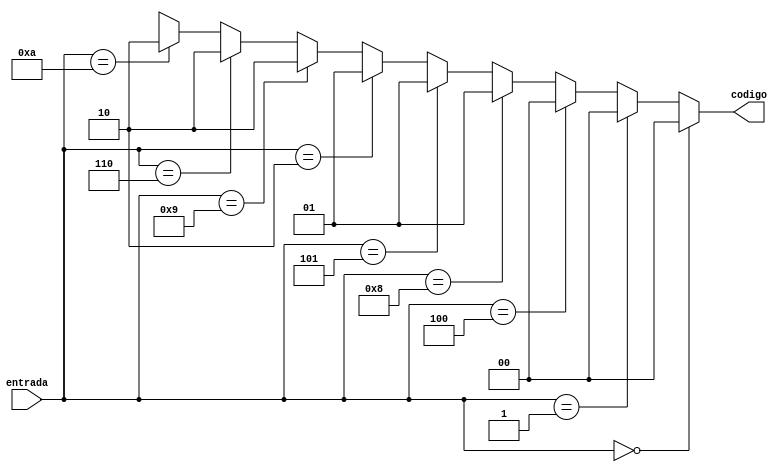
module codificador (codigo, entrada);

	    input      [3:0]   entrada;
       output reg [1:0]   codigo;
       
        always @(entrada)
          begin
              if(entrada == 4'b0000) codigo = 0; else
              if(entrada == 4'b0001) codigo = 0; else        
              if(entrada == 4'b0100) codigo = 0; else
              if(entrada == 4'b1000) codigo = 1; else   
	           if(entrada == 4'b0101) codigo = 1; else
              if(entrada == 4'b0010) codigo = 1; else        
              if(entrada == 4'b1001) codigo = 2; else
              if(entrada == 4'b0110) codigo = 2; else 
		        if(entrada == 4'b1010) codigo = 2;  	  
              else codigo = 2'bx;
          end 
                
endmodule